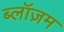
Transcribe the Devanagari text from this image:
ब्लॉज़म